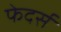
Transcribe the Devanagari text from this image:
फेदर्स